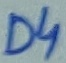
Text: D4